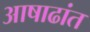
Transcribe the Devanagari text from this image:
आषाढांत